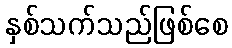
နှစ်သက်သည်ဖြစ်စေ